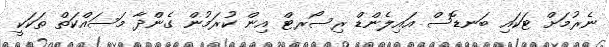
ނެރުމަށް ޓަކައި ބަނޑޮސް އައިލެންޑް ރިސޯރޓް އިން ކުރަމުން ގެންދާ މަސައްކަތް ތަކަކީ